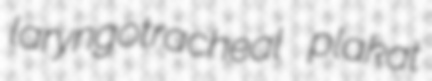
laryngotracheal plakat